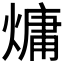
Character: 𪹨